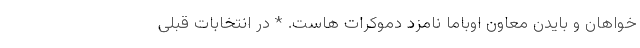
خواهان و بایدن معاون اوباما نامزد دموکرات هاست. * در انتخابات قبلی